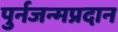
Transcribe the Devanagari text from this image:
पुर्नजन्मप्रदान